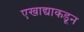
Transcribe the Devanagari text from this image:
एखाद्याकडून